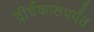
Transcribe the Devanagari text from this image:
दीर्घकालपर्यंत